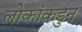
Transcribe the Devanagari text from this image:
लोकांकडुन